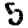
Digit: 5